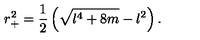
r _ { + } ^ { 2 } = \frac { 1 } { 2 } \left( \sqrt { l ^ { 4 } + 8 m } - l ^ { 2 } \right) .